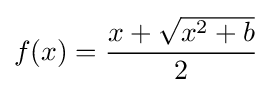
f(x)={\frac {x+{\sqrt {x^{2}+b}}}{2}}